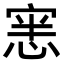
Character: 𭝜